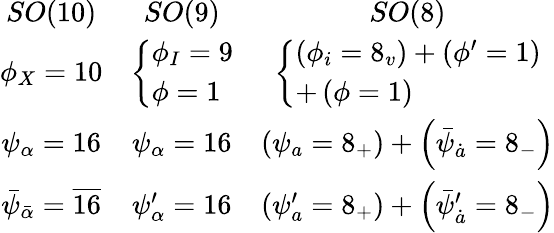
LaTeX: \begin{array}{ccc}{{SO(10)}}&{{SO(9)\begin{array}{l}\end{array}}}&{{SO(8)}}\\ {{\phi_{X}=10}}&{{\left\{ \begin{array}{l}{{\phi_{I}=9}}\\ {{\phi=1}}\end{array}\right.}}&{{\left\{ \begin{array}{l}{{\left(\phi_{i}=8_{v}\right)+\left(\phi^{\prime}=1\right)}}\\ {{+\left(\phi=1\right)}}\end{array}\right.}}\\ {{\psi_{\alpha}=16}}&{{\psi_{\alpha}=16}}&{{\left(\psi_{a}=8_{+}\right)+\left(\bar{\psi}_{\dot{a}}=8_{-}\right)}}\\ {{\bar{\psi}_{\bar{\alpha}}=\overline{{{16}}}}}&{{\psi_{\alpha}^{\prime}=16}}&{{\left(\psi_{a}^{\prime}=8_{+}\right)+\left(\bar{\psi}_{\dot{a}}^{\prime}=8_{-}\right)}}\end{array}